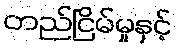
တည်ငြိမ်မှုနှင့်